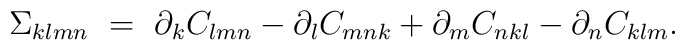
\Sigma_{klmn} \ = \ \partial_k C_{lmn} -  \partial_l C_{mnk}                   + \partial_m C_{nkl} -  \partial_n C_{klm}.